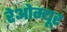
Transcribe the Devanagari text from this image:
रेओम्यूर